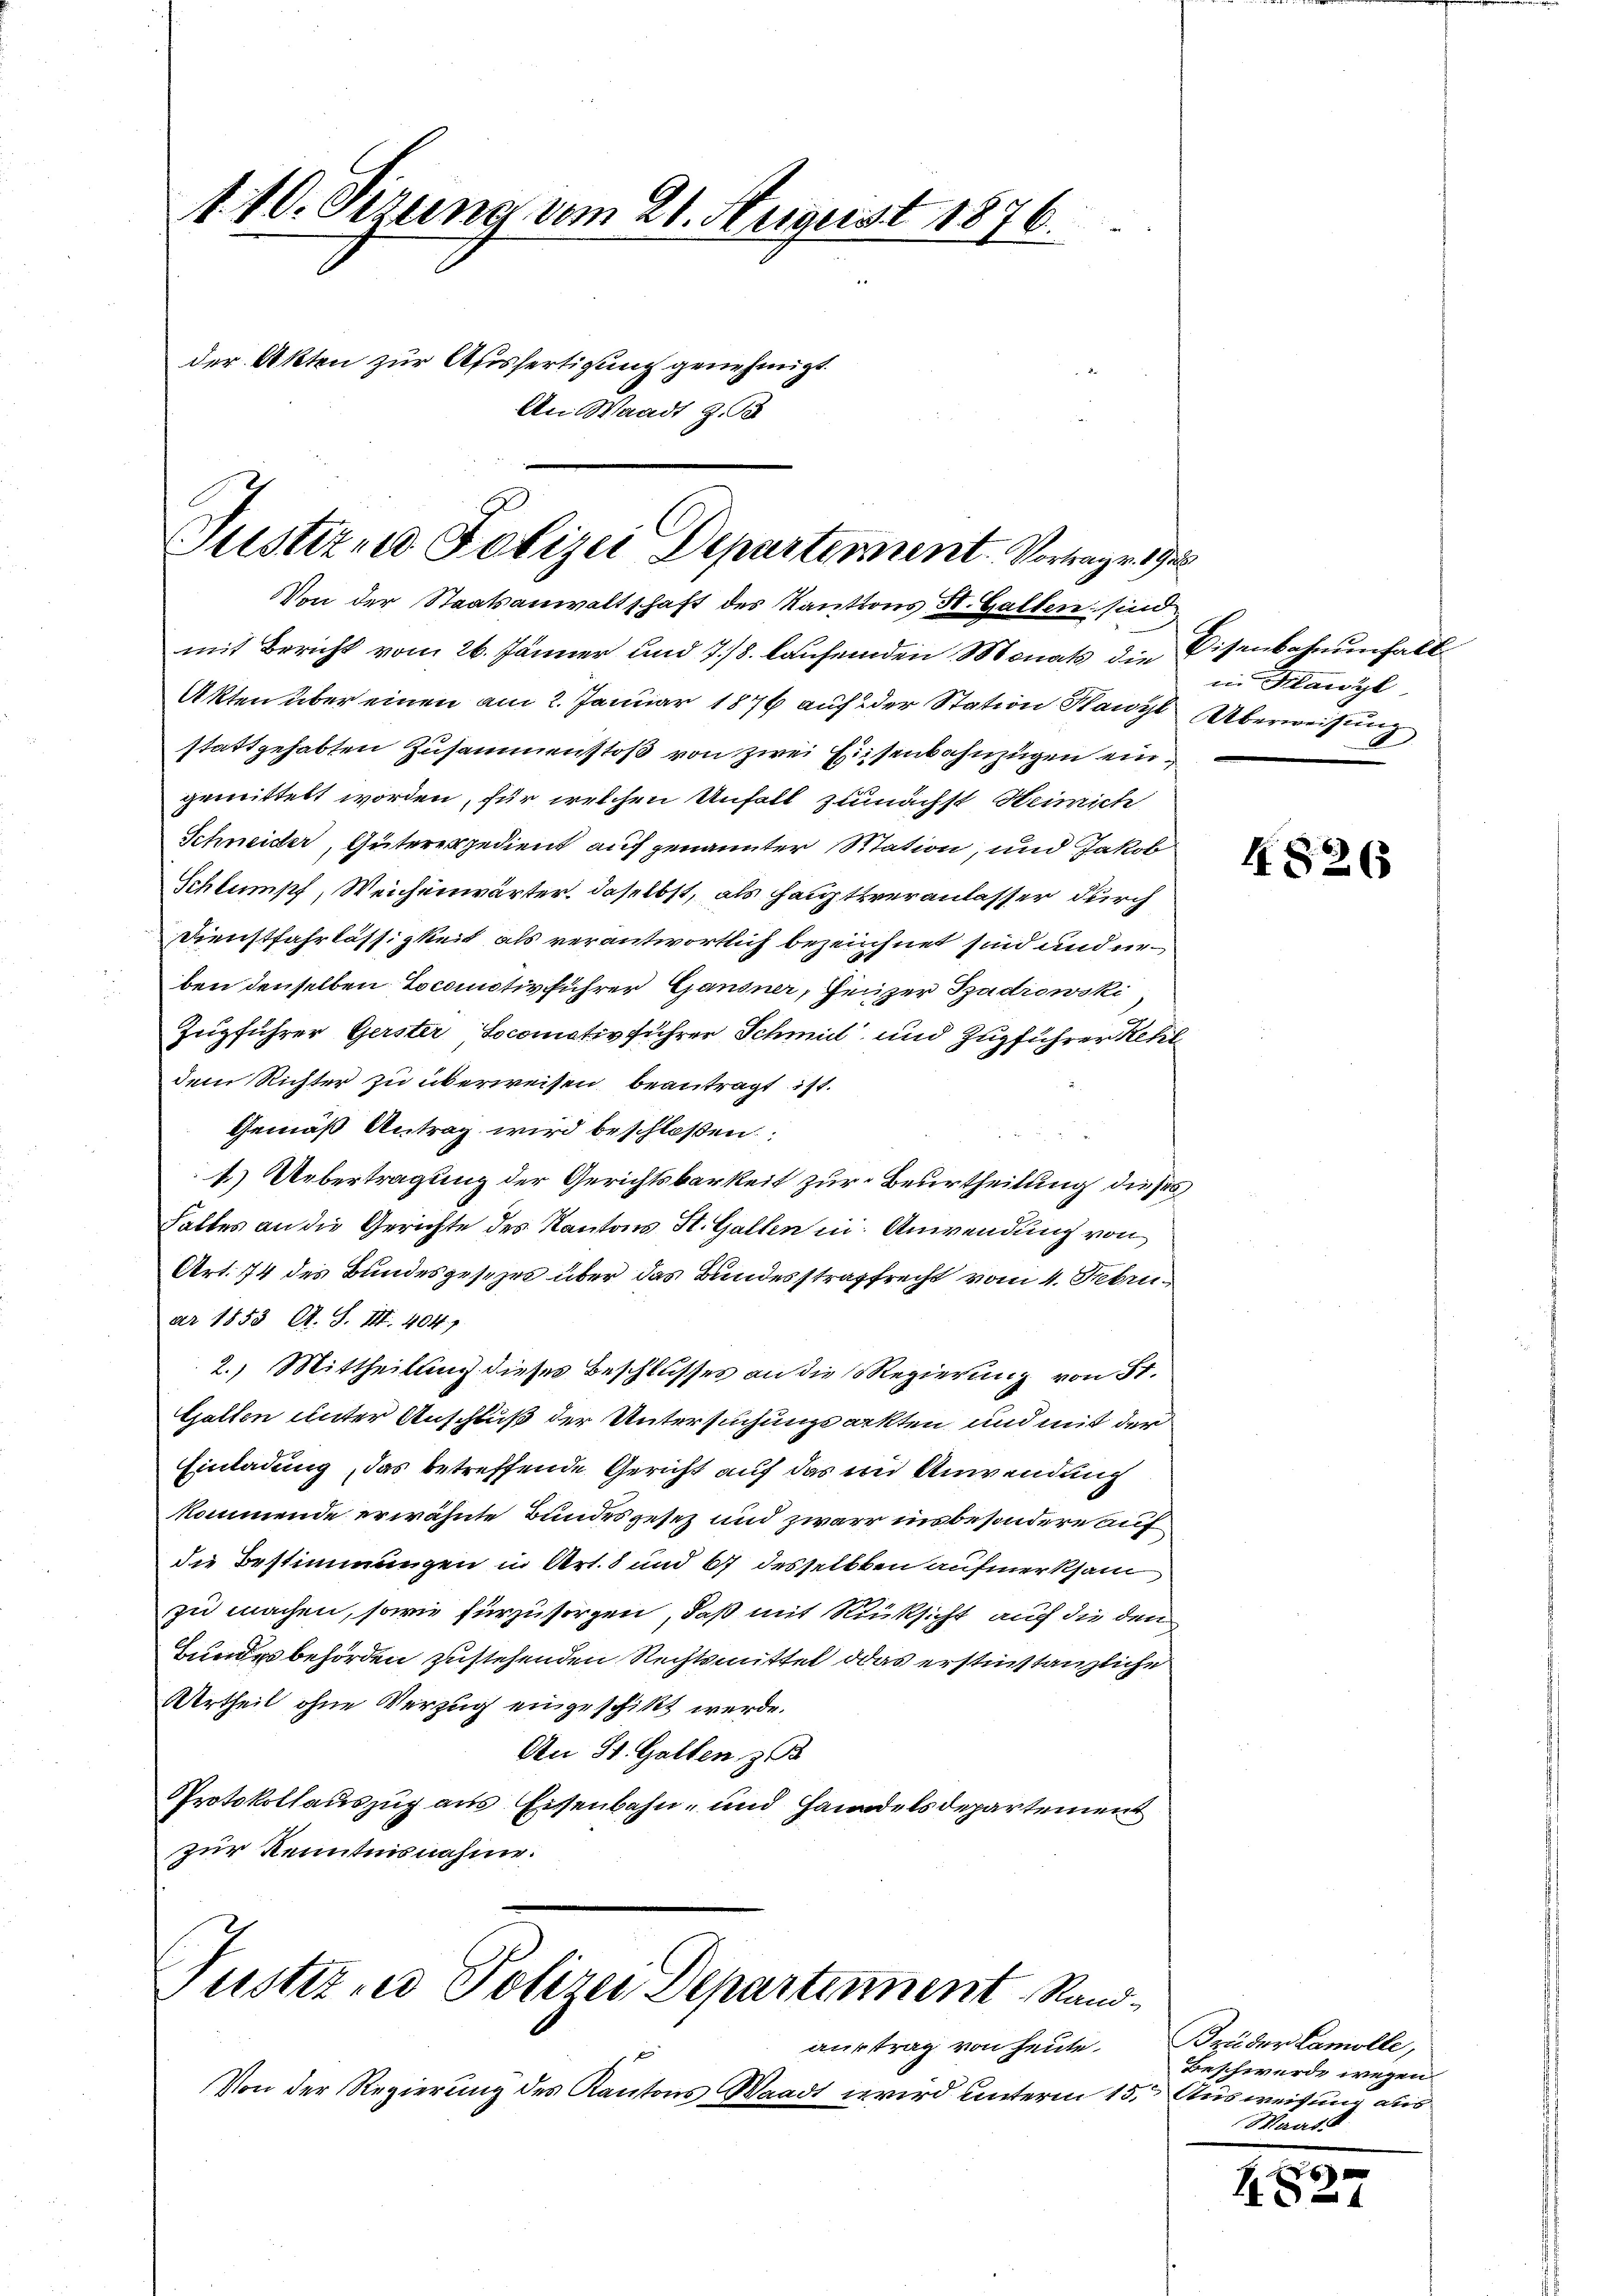
1.10. Otzung am 21. August 1876.
der Akten zur Ausfertigung genehmigt.
An Waadt z. B

Justizen Polizei Departement. Vortrage 19
Von der Staatsanwaltschaft des Kantons St. Gallen sind

mit Bericht vom 26. Jänner und 7/8. laufenden Monats die Eisenbahnenfall
Akten über einen am 2. Januar 1876 auf der Station Hawyl Überweisung
stattgehabten Zusammenstoß von zwei Eisenbahnzügen eingemittelt worden, für welchen Unfall zunächst Heinrich
Schneider, Güteres gedient auf genannter Station, und Jakob
Schlumpf, Weichenwärter, daselbst, als Hauptveranlasser durch
Dienstfahrlässigkeit als verantwortlich bezeichnet sind und unben denselben Locomotivführer Gansner, Geizer Szadrowski
Zugführer Gerster, Socomotiv führer Schmidl und Zugführer Kehl
dem Richter zu überweisen beantragt ist.
Gemäß Antrag wird beschloßen:
4) Uebertragung der Gerichtsbarkeit zur Beurtheilung dieses
Faltes an die Gerichte des Kantons St. Gallen in Anwendung von
Art. 74 des Bundesgesezes über das Bundesstrafrecht vom 4. Febru
ar 1853 A. S. III 404.)
2.) Mittheilung dieses Beschlusses an die Regierung von St.
Galten unter Anschluß der Untersuchungsarkten und mit der
Einladung, das betreffende Gericht auf das in Anwendung
kommende erwähnte Bundesgesetz und zwarr insbesondere auf
die Bestimmungen in Art. 8 und 67 desselben aufmerksam
zu machen, sowie fürzusorgen, daß mit Rücksicht auf die den
Bundesbehörden zustehenden Rechtsmittel das erstinstanzliche
Urtheil ohne Verzug eingeschikt werde.
An St. Gallen z
Protokollauszug aus Eisenbahn- und Handelsdepartement
zur Kenntnisnahme.

Pustiz- u Polizei Departennent Sand¬

Von der Regierung des Kantons Waadt wird unterm 15.

aurtrag von heute.

in Mlawyl

4826

Brüder Lamolle,
Beschwerde wegen
)
Ausweisung aus
Waat.

x
24